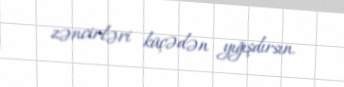
zəncirləri küçədən yığışdırsın.